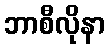
ဘာစီလိုနာ